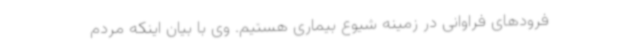
فرودهای فراوانی در زمینه شیوع بیماری هستیم. وی با بیان اینکه مردم